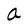
Character: a